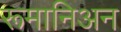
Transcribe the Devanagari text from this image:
रूमानिअन